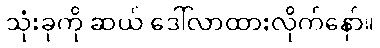
သုံးခုကို ဆယ် ဒေါ်လာထားလိုက်နော်။